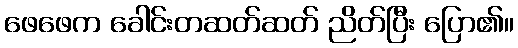
ဖေဖေက ခေါင်းတဆတ်ဆတ် ညိတ်ပြီး ပြော၏။